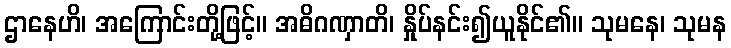
ဌာနေဟိ၊ အကြောင်းတို့ဖြင့်။ အဓိဂဏှာတိ၊ နှိုပ်နင်း၍ယူနိုင်၏။ သုမနေ၊ သုမန